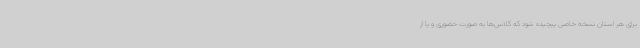
برای هر استان نسخه خاصی پیچیده شود که کلاس‌ها به صورت حضوری و یا از